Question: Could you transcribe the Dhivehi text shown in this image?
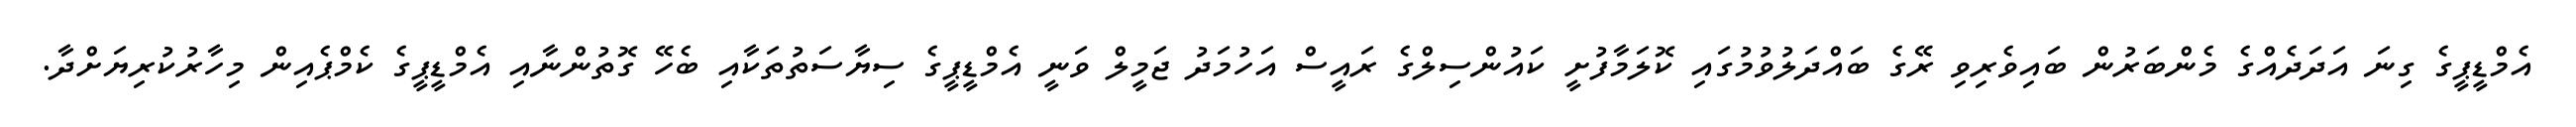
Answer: އެމްޑީޕީގެ ގިނަ އަދަދެއްގެ މެންބަރުން ބައިވެރިވި ރޭގެ ބައްދަލުވުމުގައި ކޮލަމާފުށީ ކައުންސިލްގެ ރައީސް އަހުމަދު ޖަމީލް ވަނީ އެމްޑީޕީގެ ސިޔާސަތުތަކާއި ބެހޭ ގޮތުންނާއި އެމްޑީޕީގެ ކެމްޕެއިން މިހާރުކުރިޔަށްދާ.